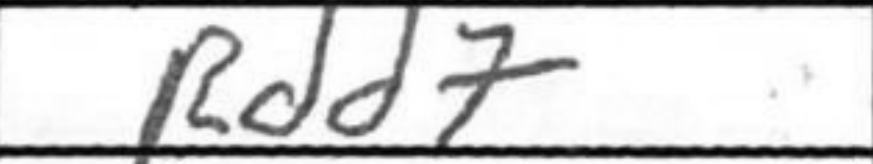
Transcription: Rdd7